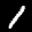
Label: 1